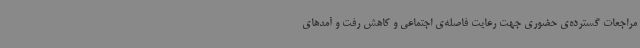
مراجعات گسترده‌ی حضوری جهت رعایت فاصله‌ی اجتماعی و کاهش رفت ‌و آمدهای